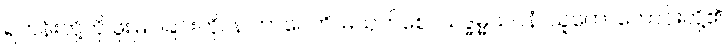
ရဟန်းတို့ကို ဖူးမြင်ခြင်းကို။ န ဟာပေတိ၊ မယုတ်စေ။ သဒ္ဓမ္မသဝနံ၊ သူတော်ကောင်းတို့၏